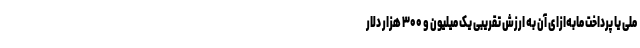
ملی یا پرداخت مابه‌ازای آن به ارزش تقریبی یک میلیون و ۳۰۰ هزار دلار